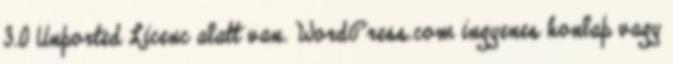
3.0 Unported Licenc alatt van. WordPress.com ingyenes honlap vagy